Medical and sanitary report of the native army of Bengal for the year
Year: 1878
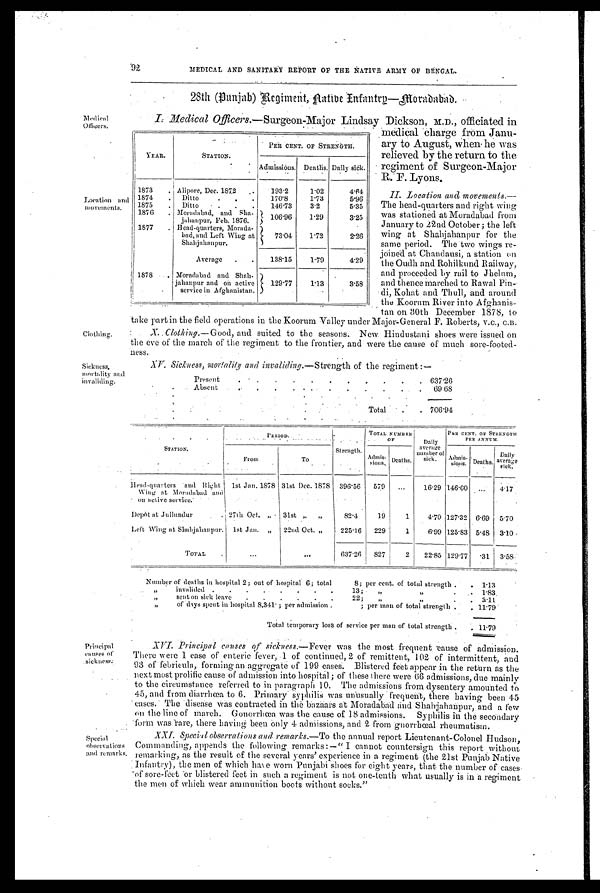
Medical
Officers.
Location
movements.
Clothing..
Sickness,
mortality and
invaliding.
92
MEDICAL AND SANITARY REPORT OF THE NATIVE ARMY OF BENGAL.
28th (Punjab) Regiment, Native Infantry—morababad.
I . M e d i c a l O f f i c e r s .
— S u r g e o n - M a j o r L i n d s a y D i c k s o n , M . D . o f f i c i a t e d i n
medical charge from Janu-
ary to August, when he was
relieved by the return to the
regiment of Surgeon-Major
R. F. Lyons.
II
. Location and movements.—
The head-quarters and right wing
was stationed at Moradabad from
January to 22nd October ; the left
wing at Shahjahanpur for the
same period. The two wings re-
joined at Chandausi, a station on
the Oudh and Rohilkund Railway,
and proceeded by rail to Jhelum,
and thence marched to Rawal Pin-
di, Kohat and Thull, and around
the Koorum River into Afghanis-
tan on 30th December 1878, to
take part in the field operations in the Koorum Valley under Major-General F. Roberts, v.c., C.B.
X. Clothing.— Good, and suited to the seasons. New Hindustani shoes were issued on
the eve of the march of the regiment to the frontier, and were the cause of much sore-footed-
ness.
XV. Sickness, mortality and invaliding. —Strength of the regiment :—
Present
.
.
.
.
.
. . . .
.
.
6 3 7 . 2 6
A b s e n t .
.
. 6 9 . 6 8
Total
. . 706.94
YEAR.
STATION.
PER CENT. OF STRENGTH.
Admissions. Deaths. Daily sick.
1873 . Alipore, Dec. 1872 .
193.2
1.02
4.64
1874 . Ditto
. . .
170.8
1.73
5 . 9 6
1875
. Ditto
. . . . 146.73
3.2
5.35
1876 . Moradabad, and Sha-
jahanpur, Feb. 1876.
106.96 1.29
3.25
1877 . Head-quarters, Moradabad-
had, and Left Wing atS h a h j a h a n p u r .
73.04
1.72
2.26
Average . .
138.15
1.79
4.29
1878 . Moradabad and Shah.
jahanpur and on active
service in Afghanistan.
129.77
1.13
3.58
STATION.
P E R I O D
Strength.
TOTAL NUMBER OF
Daily
average
number of
sick.
PER CENT. OF STRENGTH
PER ANNUM.
From
To
A d m i s - s i o n s . Deaths.
Admis-sions. Deaths.
D a i l y a v e r a g e s i c k .
Head-quarters and
Bight Wing at Moradabad
and on active service.
1st Jan. 1878 31st Dec. 1878 396.56 579 ...
16.29 146.60 . . . 4.17
Depôt at Jullundur
. , 27th Oct. „ 31st „ „
82.4
19
1
4.70 127.32 6.69 5.70
Left Wing at Shahjahanpur. lst Jan. „ 22nd Oct. „
225.16 229
1
6.99 125.83 5.48 3.10
TOTAL .
...
. . .
637.26 827
2 22.85 129.77 .31 3.58
Number of deaths in hospital 2; out of hospital 6; total
8; per cent. of total strength . . 1.13
,,
invalided . . . . - .
.
13; ,,
, , . 1.83
„
sent on sick leave . . . . . .
22; „
, ,
. 3 . 1 1
„
of days spent in hospital 8,341. ; per admission .
; per man of total strength . . 11.79
Total temporary loss of service per man of total strength . . 11.79
Principal
causes of
.sickness:
Special
observat i ons and remarks.
XVI. Principal causes of sickness.—Fever was the most frequent cause of admission.
There were 1 case of enteric fever, .1 of continued, 2 of remittent, 102 of intermittent, and
93 of febricula, forming an aggregate of 199 cases. Blistered feet appear in the return as the
next most prolific cause of admission into hospital ; of these there were 66 admissions, due mainly
to the circumstance referred to in paragraph 10. The admissions from dysentery amounted to
45, and from diarrhœa to 6. Primary syphilis was unusually frequent, there having been 45
cases. The disease was contracted in the bazaars at Moradabad and Shahjahanpur, and a few
on the line of march. Gonorrhœa was the cause of 18 admissions. Syphilis in the secondary
form was rare, there having been only 4 admissions, and 2 from gnorrhœal rheumatism.
XXI. Special observations and remarks .—To the annual report Lieutenant-Colonel Hudson,
Commanding, appends the following remarks:— "I cannot countersign this report without
remarking, as the result of the several years' experience in a regiment (the 21st Punjab Native
Infantry), the men of which have worn Punjabi shoes for eight years, that the number of cases
of sore-feet or blistered feet in such a regiment is not one-tenth what usually is in a regiment
the men of which wear ammunition boots without socks."